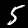
Label: 5